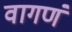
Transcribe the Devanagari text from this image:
वागणं